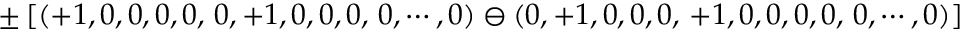
\pm \left[ ( + 1 , 0 , 0 , 0 , 0 , \, 0 , + 1 , 0 , 0 , 0 , \, 0 , \cdots , 0 ) \ominus ( 0 , + 1 , 0 , 0 , 0 , \, + 1 , 0 , 0 , 0 , 0 , \, 0 , \cdots , 0 ) \right]